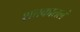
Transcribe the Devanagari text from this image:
शतकातलं